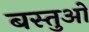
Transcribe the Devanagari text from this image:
बस्तुओ